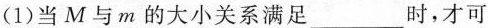
(1)当M与m的大小关系满足___时，才可